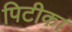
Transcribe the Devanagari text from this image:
पिटीका